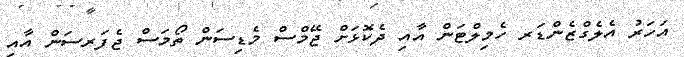
އަހަރު އެލެގްޒެންޑަރ ހެމިލްޓަން އާއި ދެކޮޅަށް ޖޭމްސް މެޑިސަން ތޯމަސް ޖެފަރސަން އާއި